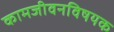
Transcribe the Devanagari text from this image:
कामजीवनविषयक